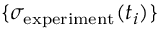
\{ \sigma _ { \mathrm { e x p e r i m e n t } } ( t _ { i } ) \}